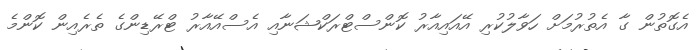
އެގޮތުން ގާ އެތުރުމަށް ހަވާލުކުރި އޭއައިއާރު ކޮންސްޓްރަކްޝަނާއި އެސްއޭއާރު ޓްރޭޑިންގެ ތެރެއިން ކޮންމެ